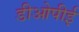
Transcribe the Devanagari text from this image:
डीओपीई